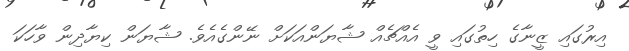
އިރުގައި ޒީނާގެ ހިތުގައި ވީ އެއްޗެއް ޝާޔަންއަކަށް ނޭންގެއެވެ. ޝާޔަން ކިޔާދިން ވާހަކަ